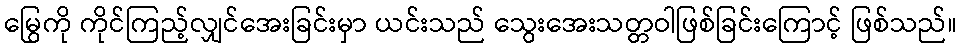
မြွေကို ကိုင်ကြည့်လျှင်အေးခြင်းမှာ ယင်းသည် သွေးအေးသတ္တဝါဖြစ်ခြင်းကြောင့် ဖြစ်သည်။